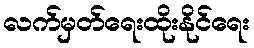
လက်မှတ်ရေးထိုးနိုင်ရေး